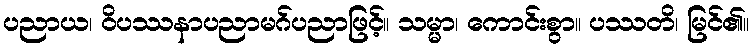
ပညာယ၊ ဝိပဿနာပညာမဂ်ပညာဖြင့်။ သမ္မာ၊ ကောင်းစွာ။ ပဿတိ၊ မြင်၏။